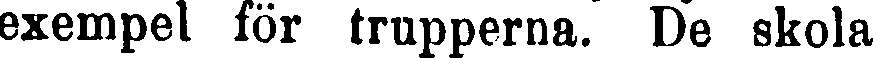
exempel för trupperna. De skola